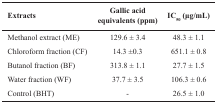
| Extracts | Gallic acid equivalents (ppm) | IC50 (μg/mL) |
 | --- | --- | --- |
 | Methanol extract (ME) | 129.6 ± 3.4 | 48.3 ± 1.1 |
 | Chloroform fraction (CF) | 14.3 ±0.3 | 651.1 ± 0.8 |
 | Butanol fraction (BF) | 313.8 ± 1.1 | 27.7 ± 1.5 |
 | Water fraction (WF) | 37.7 ± 3.5 | 106.3 ± 0.6 |
 | Control (BHT) | - | 26.5 ± 1.0 |